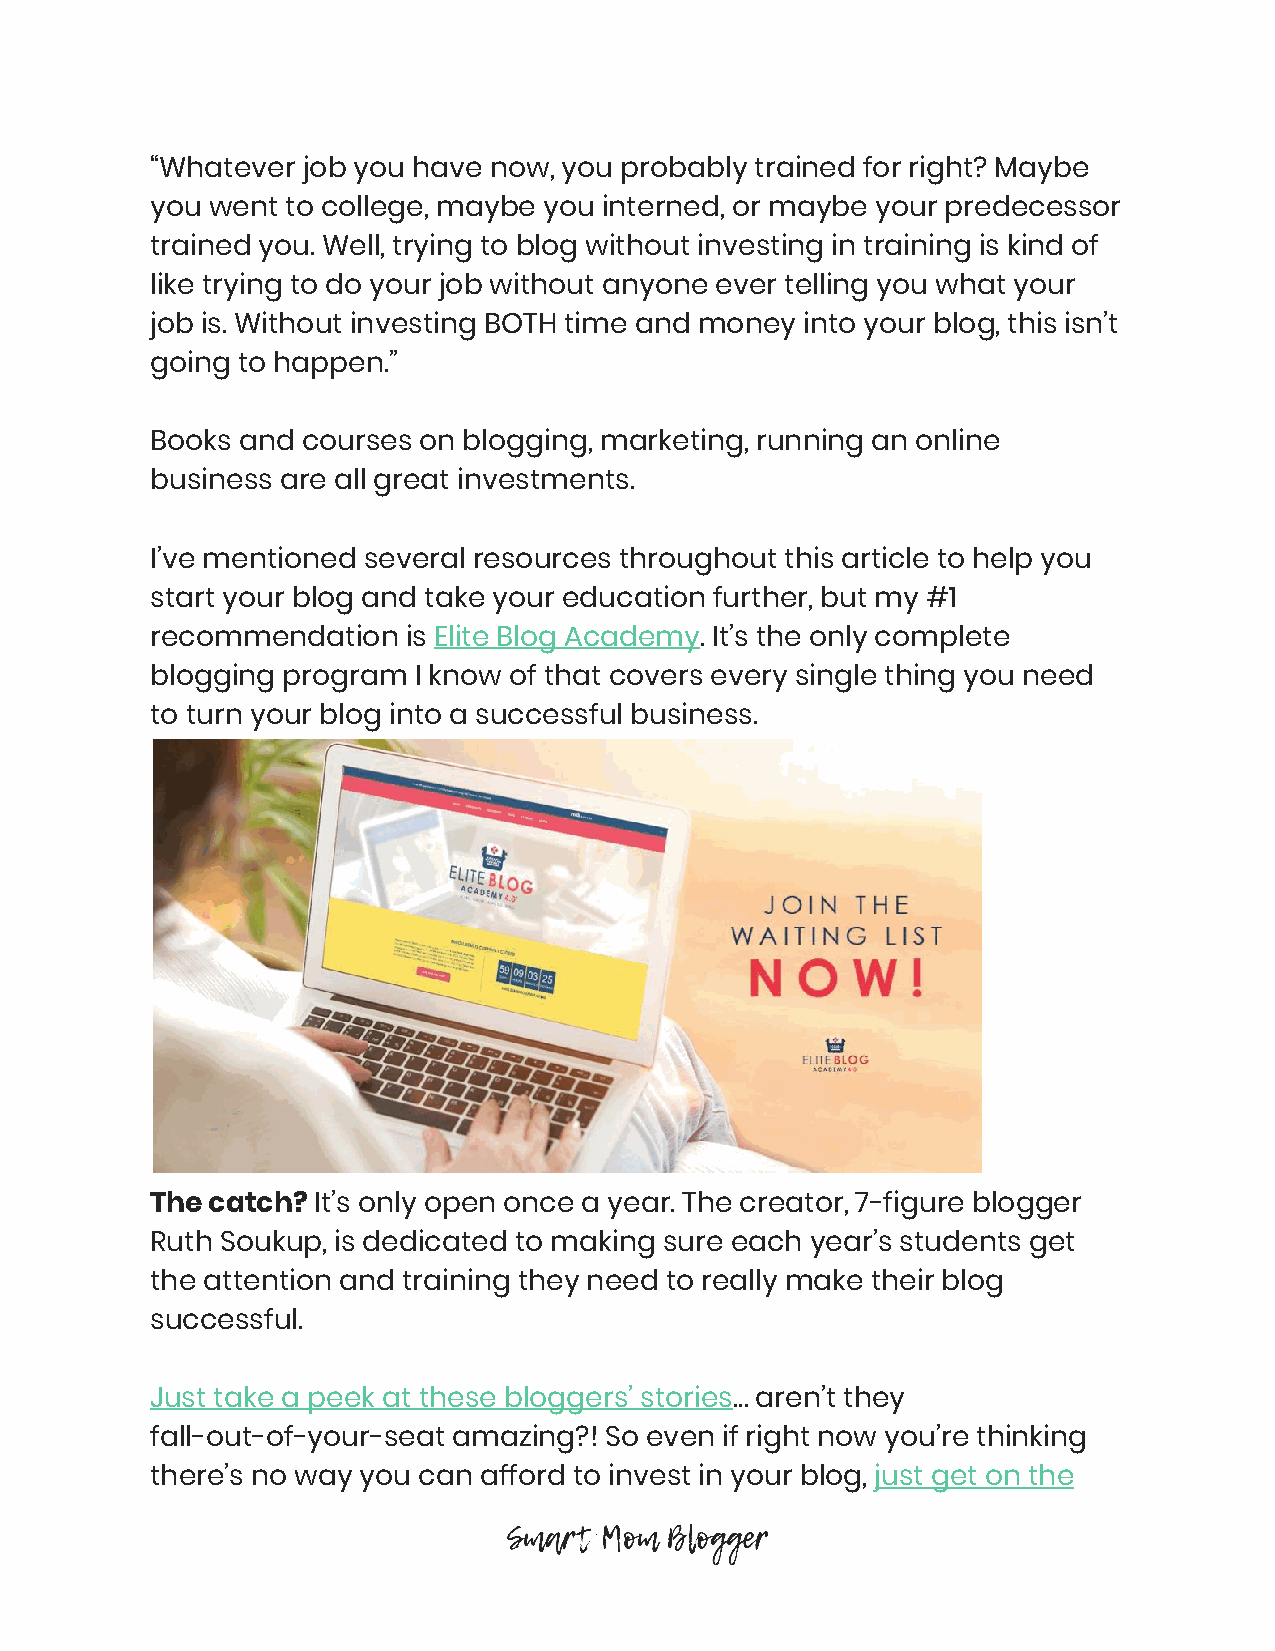
“Whatever job you have now, you probably trained for right? Maybe
 you went to college, maybe you interned, or maybe your predecessor
 trained you. Well, trying to blog without investing in training is kind of
 like trying to do your job without anyone ever telling you what your
 job is. Without investing BOTH time and money into your blog, this isn’t
 going to happen.”
 Books and courses on blogging, marketing, running an online
 business are all great investments.
 I’ve mentioned several resources throughout this article to help you
 start your blog and take your education further, but my #1
 recommendation   is Elite Blog Academy. It’s the only complete
 ​                ​
 blogging program I know of that covers every single thing you need
 to turn your blog into a successful business.
 The catch? It’s only open once a year. The creator, 7-figure blogger
 ​
 Ruth Soukup, is dedicated to making sure each year’s students get
 the attention and training they need to really make their blog
 successful.
 Just take a peek at these bloggers’ stories… aren’t they
 ​
 fall-out-of-your-seat amazing?! So even if right now you’re thinking
 there’s no way you can afford to invest in your blog, just get on the
 ​